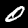
Label: 0